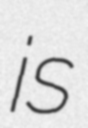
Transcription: is